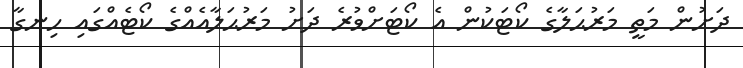
ދަށުން މަތީ މަރުޙަލާގެ ކޯޓަކުން އެ ކޯޓަށްވުރެ ދަށު މަރުޙަލާއެއްގެ ކޯޓެއްގައި ހިނގާ